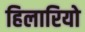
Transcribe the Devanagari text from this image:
हिलारियो